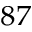
^ { 8 7 }